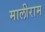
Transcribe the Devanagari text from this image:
मालीराम